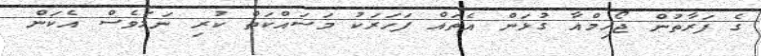
ގެ ފަރާތުން ޖޯހިމްއާ ގުޅަން އެތައް ފަހަރަކު މަސައްކަތް ކުރި ނަމަވެސް އެކަން